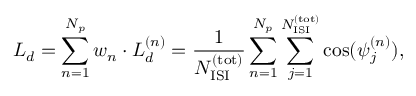
{ \cal L } _ { d } = \sum _ { n = 1 } ^ { N _ { p } } w _ { n } \cdot { \cal L } _ { d } ^ { ( n ) } = { \frac { 1 } { N _ { \mathrm { I S I } } ^ { \mathrm { ( t o t ) } } } } \sum _ { n = 1 } ^ { N _ { p } } \sum _ { j = 1 } ^ { N _ { \mathrm { I S I } } ^ { \mathrm { ( t o t ) } } } \cos ( \psi _ { j } ^ { ( n ) } ) ,